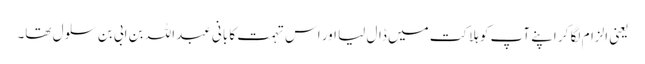
یعنی الزام لگا کر اپنے آپ کو ہلاکت میں ڈال لیا اور اس تہمت کا بانی عبداللہ بن ابی بن سلول تھا۔